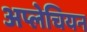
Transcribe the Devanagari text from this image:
अप्लेचियन